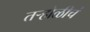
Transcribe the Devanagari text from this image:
तऱ्होळीचं